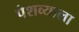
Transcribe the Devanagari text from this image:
पेशव्याला